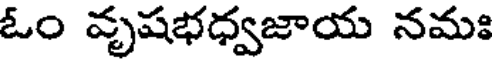
ఓం వృషభధ్వజాయ నమః